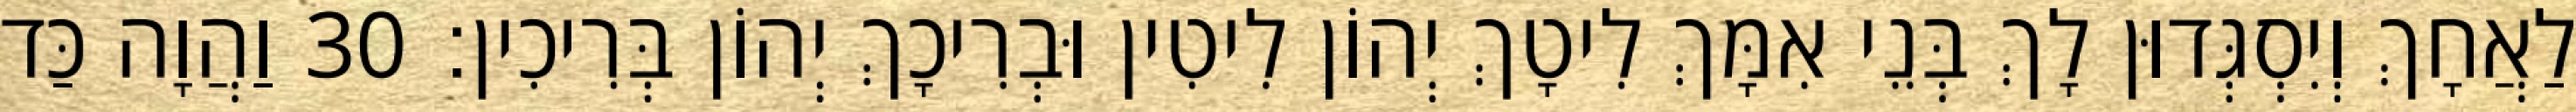
לַאֲחָךְ וְיִסְגְּדוּן לָךְ בְּנֵי אִמָּךְ לִיטָךְ יְהוֹן לִיטִין וּבְרִיכָךְ יְהוֹן בְּרִיכִין׃ 30 וַהֲוָה כַּד